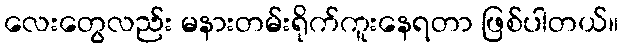
လေးတွေလည်း မနားတမ်းရိုက်ကူးနေရတာ ဖြစ်ပါတယ်။